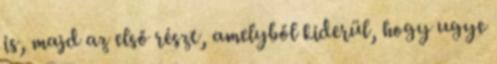
is, majd az első részt, amelyből kiderül, hogy ugye